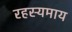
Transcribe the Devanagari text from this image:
रहस्यमाय